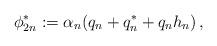
LaTeX: \begin{align*}\phi^*_{2n}:=\alpha_n(q_n+q_n^*+q_nh_n)\,,\end{align*}